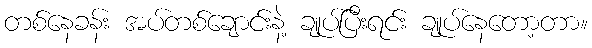
တစ်နေခန်း အပ်တစ်ချောင်းနဲ့ ချုပ်ပြီးရင်း ချုပ်နေတော့တာ။